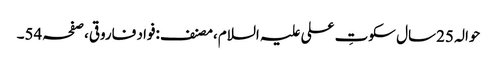
حوالہ 25سال سکوتِ علی علیہ السلام،مصنف:فواد فاروقی،صفحہ54۔